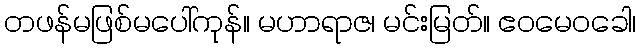
တဖန်မဖြစ်မပေါ်ကုန်။ မဟာရာဇ၊ မင်းမြတ်။ ဧဝမေဝခေါ၊